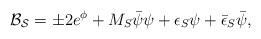
LaTeX: \begin{align*}{\cal B_S} = \pm 2 e^{\phi} + M_S \bar{\psi} \psi + \epsilon_S \psi +\bar{\epsilon}_S \bar{\psi},\end{align*}